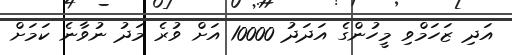
އަދި ޒަހަމްވި މީހުންގެ އަދަދު 10000 އަށް ވުރެ މަދު ނުވާނެ ކަމަށް